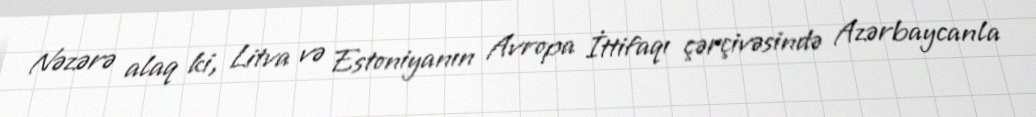
Nəzərə alaq ki, Litva və Estoniyanın Avropa İttifaqı çərçivəsində Azərbaycanla